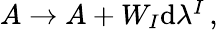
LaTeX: \begin{array}{r}{A\to A+W_{I}\mathrm{d}\lambda^{I}\, ,}\end{array}